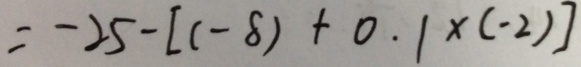
= - 2 5 - [ ( - 8 ) + 0 . 1 \times ( - 2 ) ]